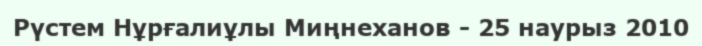
Рүстем Нұрғалиұлы Миңнеханов - 25 наурыз 2010